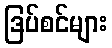
ဒြပ်စင်များ